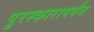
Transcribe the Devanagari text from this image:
पुरस्कारापर्यंत